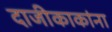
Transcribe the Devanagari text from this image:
दाजीकाकांना